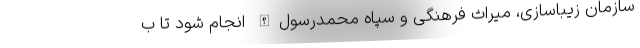
سازمان زیباسازی، میراث فرهنگی و سپاه محمدرسول‌الله انجام شود تا ب